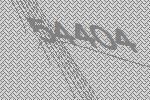
54404